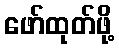
ဖော်ထုတ်ဖို့